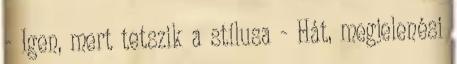
- Igen, mert tetszik a stílusa - Hát, megjelenési